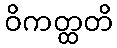
ဝိကတ္ထတိ